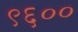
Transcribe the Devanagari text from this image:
९६००